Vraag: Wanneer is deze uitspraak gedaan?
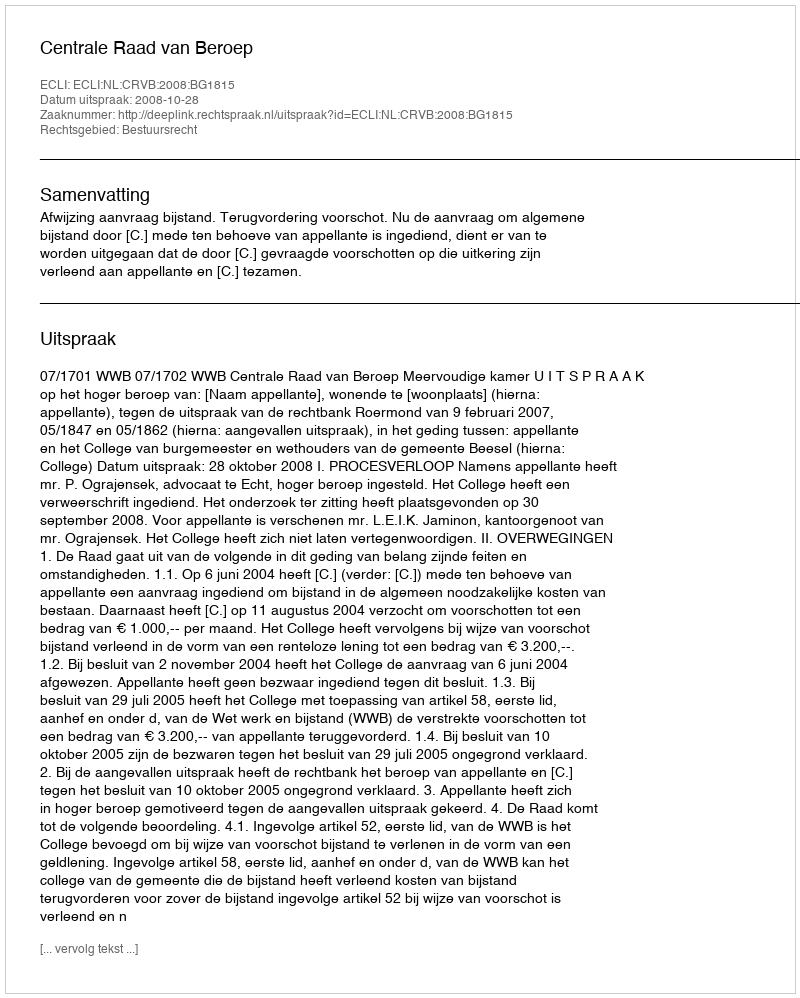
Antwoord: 2008-10-28